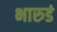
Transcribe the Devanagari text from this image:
भारुडं